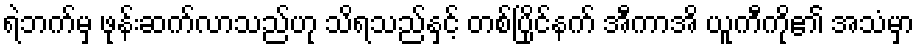
ရဲဘက်မှ ဖုန်းဆက်လာသည်ဟု သိရသည်နှင့် တစ်ပြိုင်နက် အီကာအိ ယူကီကို၏ အသံမှာ